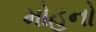
મોહનો